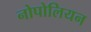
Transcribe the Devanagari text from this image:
नोपोलियन